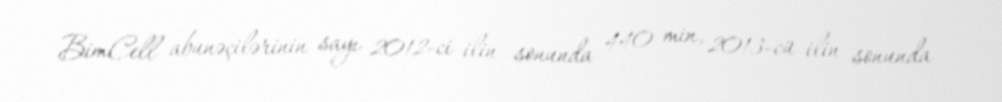
BimCell abunəçilərinin sayı 2012-ci ilin sonunda 440 min, 2013-cü ilin sonunda